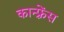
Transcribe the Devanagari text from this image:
कान्फ़्रेंस